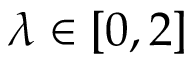
\lambda \in [ 0 , 2 ]